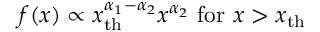
f ( x ) \propto x _ { \mathrm { t h } } ^ { \alpha _ { 1 } - \alpha _ { 2 } } x ^ { \alpha _ { 2 } } { \mathrm { ~ f o r ~ } } x > x _ { \mathrm { t h } }